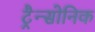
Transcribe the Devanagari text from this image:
ट्रैन्सोनिक